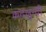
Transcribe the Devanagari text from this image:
कदलुन्दी